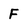
Character: F